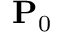
\mathbf { P } _ { 0 }